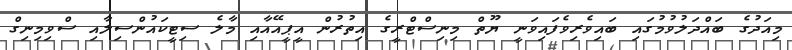
މިއަދުގެ ބައްދަލުވުމުގައި ބައިވެރިވެފައިވަނީ ޔޫތް މިނިސްޓްރީގެ އިތުރުން އީޕީއޭއާއި މާލެ ސިޓީކައުންސިލާއި ސްވިމިނިގް